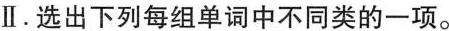
Ⅱ.选出下列每组单词中不同类的一项.。